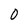
Character: 0